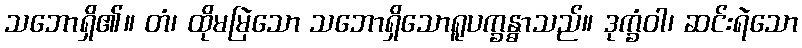
သဘောရှိ၏။ တံ၊ ထိုမမြဲသော သဘောရှိသောရူပက္ခန္ဓာသည်။ ဒုက္ခံဝါ၊ ဆင်းရဲသော